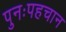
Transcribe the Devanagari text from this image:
पुनःपहचान